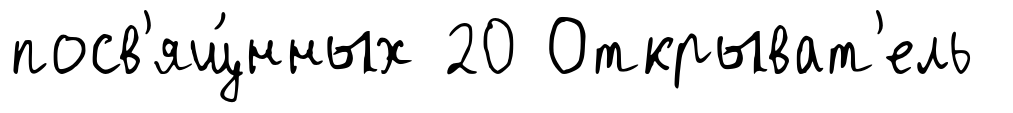
посв'ящ́нных 20 Открыват'ель